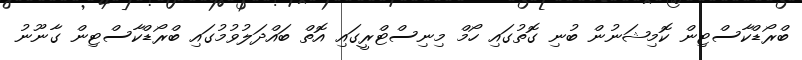
ބްރޯޑްކާސްޓިން ކޮމިޝަނުން ބުނި ގޮތުގައި ހޯމް މިނިސްޓްރީގައި އޮތް ބައްދަލުވުމުގައި ބްރޯޑްކާސްޓިން ގާނޫނު